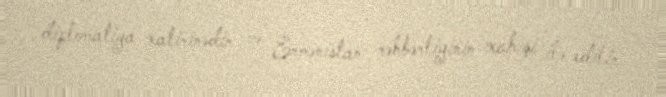
diplomatiya xatirinədir və Ermənistan rəhbərliyinin xahişi ilə edilir.